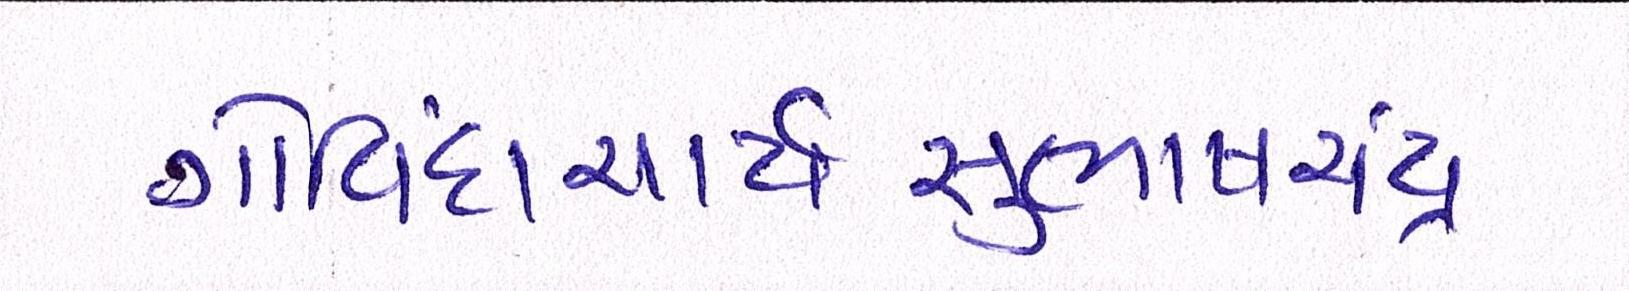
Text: ગોવિંદાચાર્યસુભાષચંદ્ર